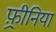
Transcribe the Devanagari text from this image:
फ़्रीनिया